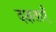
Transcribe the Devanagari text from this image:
दक्षताएँ